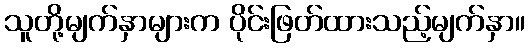
သူတို့မျက်နှာများက ပိုင်းဖြတ်ထားသည့်မျက်နှာ။